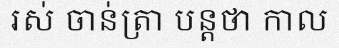
រស់ ចាន់ត្រា បន្តថា កាល